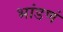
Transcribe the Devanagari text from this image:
भांडणं